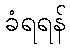
ခံရရန်